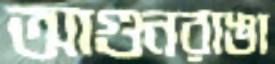
আগুনরাঙা